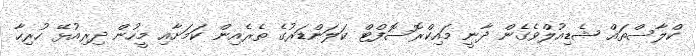
ކްލާސްތައް ޝެޑިއުލްވެގެން ދާނީ މައިކްރޮސޮފްޓް ކަަލަންޑަރުގެ ތެރެއިން ކަމަށާއި މީހުން ދިރިއުޅޭ ހުރިހާ